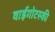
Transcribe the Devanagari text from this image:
वाईगोटस्की